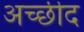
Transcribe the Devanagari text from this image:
अच्छीद